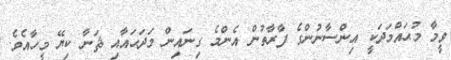
ވީމާ މުޙައްމަދަކީ އިންސާނުންގެ ފާރާތުން އެންމެ ގިނައިން މަދަޙައާއި ޘަނާ ކިޔޭ މީހާއެވެ.